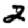
Digit: 2